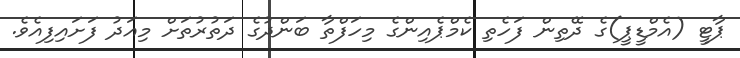
ޕާޓީ (އެމްޑީޕީ)ގެ ދޭތިން ފަހެތި ކެމްޕެއިންގެ މިހަފްތާ ބަންދުގެ ދަތުރުތަށް މިއަދު ފަށައިފިއެވެ.